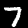
Label: 7